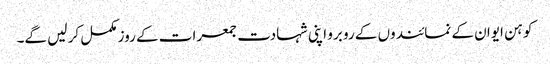
کوہن ایوان کے نمائندوں کے رو برو اپنی شہادت جمعرات کے روز مکمل کر لیں گے۔